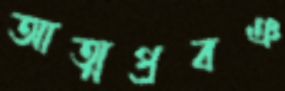
আত্মপ্রবঞ